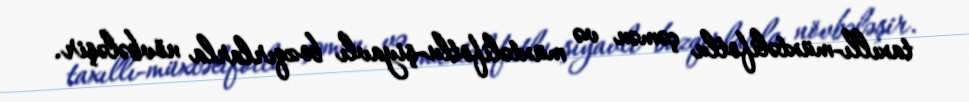
taxıllı-müxtəlifotlu çəmən və müxtəlifotlu-şiyavlı bozqırlarla növbələşir.